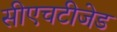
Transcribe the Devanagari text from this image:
सीएचटीजेड